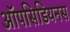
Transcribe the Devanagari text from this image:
ऑपसिडियनस